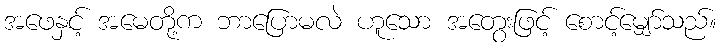
အဖေနှင့် အမေတို့က ဘာပြောမလဲ ဟူသော အတွေးဖြင့် စောင့်မျှော်သည်။